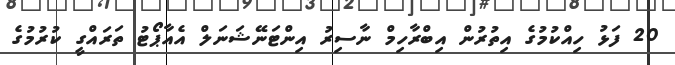
20 ފަޅު ހިއްކުމުގެ އިތުރުން އިބްރާހިމް ނާސިރު އިންޓަނޭޝަނަލް އެއާޕޯޓު ތަރައްގީ ކުރުމުގެ